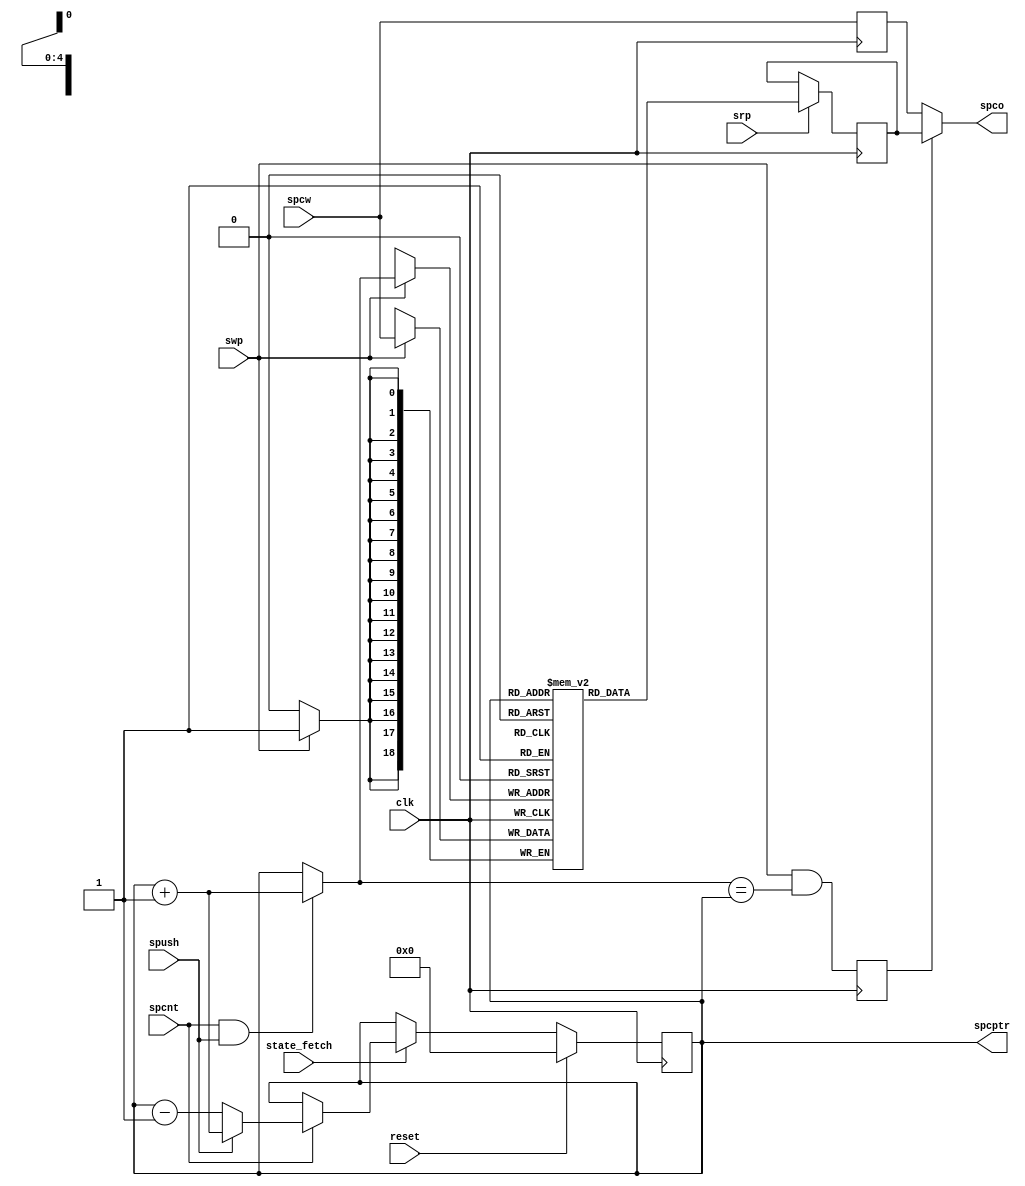
// SPC --- SPC MEMORY AND POINTER
//
// ---!!! Add description.
//
// History:
//
//   (20YY-MM-DD HH:mm:ss BRAD) Converted to Verilog.
//	???: Nets added.
//	???: Nets removed.
//   (1979-03-31 04:51:21 TK) Initial.

`timescale 1ns/1ps
`default_nettype none

module SPC(/*AUTOARG*/
   // Outputs
   spco, spcptr,
   // Inputs
   clk, reset, state_fetch, spcw, spcnt, spush, srp, swp
   );

   input clk;
   input reset;

   input state_fetch;

   input [18:0] spcw;
   input spcnt;
   input spush;
   input srp;
   input swp;
   output [18:0] spco;
   output [4:0] spcptr;

   ////////////////////////////////////////////////////////////////////////////////

   localparam ADDR_WIDTH = 5;
   localparam DATA_WIDTH = 19;
   localparam MEM_DEPTH = 32;

   reg [4:0] spcptr;

   wire [4:0] spcadr;

   ////////////////////////////////////////////////////////////////////////////////

   wire [4:0] spcptr_p1;
   assign spcptr_p1 = spcptr + 5'b00001;
   assign spcadr = (spcnt && spush) ? spcptr_p1 : spcptr;

`ifndef ISE
   reg [18:0] ram [0:31];
   reg [18:0] out_a;
   reg [18:0] out_b;
	
	reg swp_cond;
	
	always @(posedge clk) begin
		swp_cond <= (swp && spcadr == spcptr);
		out_b <= spcw;
	end

   assign spco = (swp_cond) ? out_a : out_b;

	always @(posedge clk) begin
		if (swp) begin
			ram[spcadr] <= spcw;
		end
	end

	always @(posedge clk) begin
		if (srp) begin
			out_a <= ram[spcptr];
		end
	end
	
	/*
   always @(posedge clk)
     if (1'b0) begin
	ram[spcptr] <= 19'b0;
     end else if (swp) begin
	ram[spcadr] <= spcw;
     end

   always @(posedge clk)
     if (reset)
       out_a <= 0;
     else if (srp && ~swp) begin
	/ * WE NEED 'READ NEW DATA' ON SIMULTANEOUS WRITE/READ TO SAME ADDR * /
	if (swp && spcadr == spcptr) begin
	   out_a <= spcw;
	end else begin
	   out_a <= ram[spcptr];
	end
     end
	*/
	  
`else
   wire ena_a = srp && ~swp | 1'b0;
   wire ena_b = 1'b0 | swp;

   ise_SPC inst
     (
      .clka(clk),
      .ena(ena_a),
      .wea(1'b0),
      .addra(spcptr),
      .dina(19'b0),
      .douta(spco),
      .clkb(clk),
      .enb(ena_b),
      .web(swp),
      .addrb(spcadr),
      .dinb(spcw),
      .doutb()
      /*AUTOINST*/);
`endif

   always @(posedge clk)
     if (reset)
       spcptr <= 0;
     else if (state_fetch) begin
	if (spcnt) begin
	   if (spush)
	     spcptr <= spcptr + 5'd1;
	   else
	     spcptr <= spcptr - 5'd1;
	end
     end

endmodule

`default_nettype wire

// Local Variables:
// verilog-library-directories: (".." "../cores/xilinx")
// End: